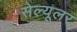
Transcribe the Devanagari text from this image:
सेल्‍यूलर